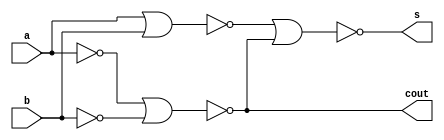
//half adder using nor gate
module ex3(input a,b,output s,cout);
wire w1,w2,w3,w4;

//carry
nor(w1,a,b);
nor(w2,a,a);
nor(w3,b,b);
nor(cout,w2,w3);

//sum
nor(s,w1,cout);
endmodule

module tb;
reg a,b;
wire s,cout;
ex3 i1(a,b,s,cout);
initial begin
$display(" \t\t      ab  sum  carry ");
$monitor($time,"  %b%b   %b    %b",a,b,s,cout);
 #0 a=0;b=0; 
#10 a=0;b=1; 
#10 a=1;b=0; 
#10 a=1;b=1;

end
endmodule